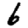
Digit: 6